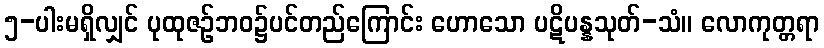
၅-ပါးမရှိလျှင် ပုထုဇဉ်ဘဝ၌ပင်တည်ကြောင်း ဟောသော ပဋိပန္နသုတ်-သံ။ လောကုတ္တရာ